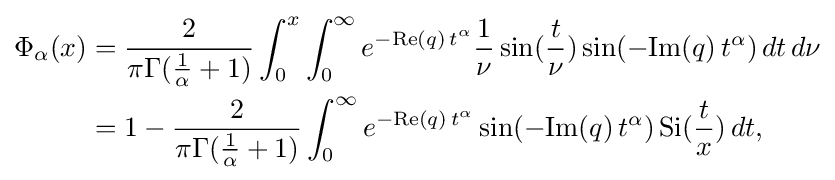
{\begin{aligned}\Phi _{\alpha }(x)&={\frac {2}{\pi \Gamma ({\frac {1}{\alpha }}+1)}}\int _{0}^{x}\int _{0}^{\infty }e^{-{\text{Re}}(q)\,t^{\alpha }}{\frac {1}{\nu }}\sin({\frac {t}{\nu }})\sin(-{\text{Im}}(q)\,t^{\alpha })\,dt\,d\nu \\&=1-{\frac {2}{\pi \Gamma ({\frac {1}{\alpha }}+1)}}\int _{0}^{\infty }e^{-{\text{Re}}(q)\,t^{\alpha }}\sin(-{\text{Im}}(q)\,t^{\alpha })\,{\text{Si}}({\frac {t}{x}})\,dt,\\\end{aligned}}